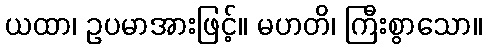
ယထာ၊ ဥပမာအားဖြင့်။ မဟတိ၊ ကြီးစွာသော။